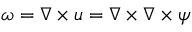
{ \boldsymbol { \omega } } = \nabla \times { \boldsymbol { u } } = \nabla \times \nabla \times { \boldsymbol { \psi } }